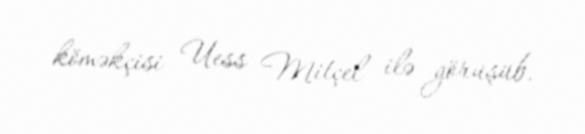
köməkçisi Uess Mitçel ilə görüşüb.